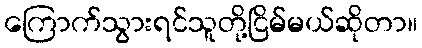
ကြောက်သွားရင်သူတို့ငြိမ်မယ်ဆိုတာ။